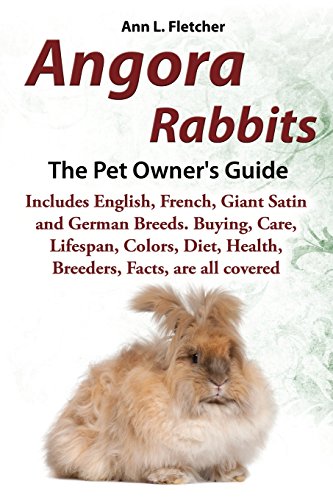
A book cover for Angora Rabbits A Pet Owner's Guide: Includes English, French, Giant, Satin and German Breeds. Buying, Care, Lifespan, Colors, Diet, Health, Breeders, Facts, are all covered; Ann L. Fletcher; Crafts, Hobbies & Home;